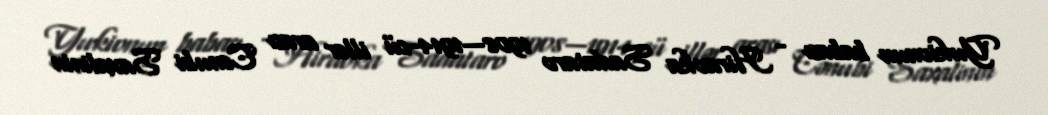
Yukionun babası - Hiraoka Sadataro 1908—1914-cü illər arası Cənubi Saxalinin